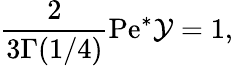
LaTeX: \frac{2}{3\Gamma(1/4)}\mathrm{Pe}^{*}\mathcal{Y}=1,